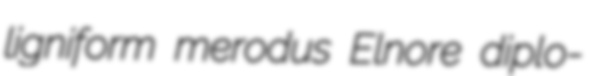
ligniform merodus Elnore diplo-